Medical and sanitary report on the native army of Bombay for the year
Year: 1878
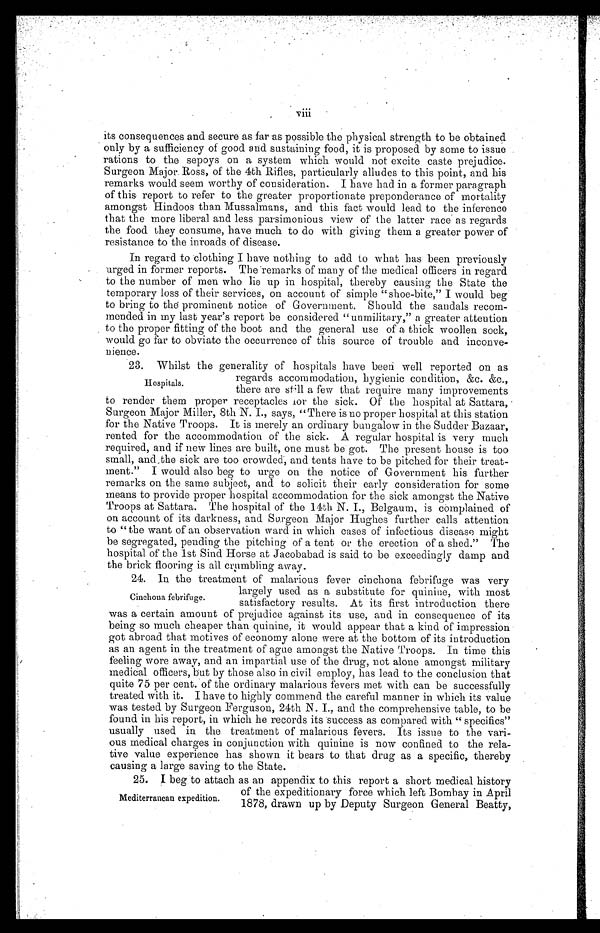
viii
its consequences and secure as far as possible the physical strength to be obtained
only by a sufficiency of good and sustaining food, it is proposed by some to issue
rations to the sepoys on a system which would not excite caste prejudice.
Surgeon Major. Ross, of the 4th Rifles, particularly alludes to this point, and his
remarks would seem worthy of consideration. I have had in a former paragraph
of this report to refer to the greater proportionate preponderance of mortality
amongst Hindoos than Mussalmans, and this fact would lead to the inference
that the more liberal and less parsimonious view of the latter race as regards
the food they consume, have much to do with giving them a greater power of
resistance to the inroads of disease.
In regard to clothing I have nothing to add to what has been previously
urged in former reports. The remarks of many of the medical officers in regard
to the number of men who lie up in hospital, thereby causing the State the
temporary loss of their services, on account of simple "shoe-bite," I would beg
to bring to the prominent notice of Government. Should the sandals recom-
mended in my last year's report be considered "unmilitary," a greater attention
to the proper fitting of the boot and the general use of a thick woollen sock,
would go far to obviate the occurrence of this source of trouble and inconve-
nience.
23. Whilst the generality of hospitals have been well reported on as
regards accommodation, hygienic condition, &c. &c.,
there are still a few that require many improvements
to render them proper receptacles for the sick. Of the hospital at Sattara,
Surgeon Major Miller, 8th N. I., says, " There is no proper hospital at this station
for the Native Troops. It is merely an ordinary bungalow in the Sudder Bazaar,
rented for the accommodation of the sick. A regular hospital is very much
required, and if new lines are built, one must be got. The present house is too
small, and the sick are too crowded, and tents have to be pitched for their treat-
ment." I would also beg to urge on the notice of Government his further
remarks on the same subject, and to solicit their early consideration for some
means to provide proper hospital accommodation for the sick amongst the Native
Troops at Sattara. The hospital of the 14th N. I., Belgaum, is complained of
on account of its darkness, and Surgeon Major Hughes further calls attention
to "the want of an observation ward in which cases of infectious disease might
be segregated, pending the pitching of a tent or the erection of a shed." The
hospital of the 1st Sind Horse at Jacobabad is said to be exceedingly damp and
the brick flooring is all crumbling away.
24. In the treatment of malarious fever cinchona febrifuge was very
largely used as a substitute for quinine, with most
satisfactory results. At its first introduction there
was a certain amount of prejudice against its use, and in consequence of its
being so much cheaper than quinine, it would appear that a kind of impression
got abroad that motives of economy alone were at the bottom of its introduction
as an agent in the treatment of ague amongst the Native Troops. In time this
feeling wore away, and an impartial use of the drug, not alone amongst military
medical officers, but by those also in civil employ, has lead to the conclusion that
quite 75 per cent. of the ordinary malarious fevers met with can be successfully
treated with it. I have to highly commend the careful manner in which its value
was tested by Surgeon Ferguson, 24th N. I., and the comprehensive table, to be
found in his report, in which he records its success as compared with " specifics"
usually used in the treatment of malarious fevers. Its issue to the vari-
ous medical charges in conjunction with quinine is now confined to the rela
tive value experience has shown it bears to that drug as a specific, thereby
causing a large saving to the State.
25. I beg to attach as an appendix to this report a short medical history
Hospitals.
Cinchona febrifuge.
Mediterranean expedition.
of the expeditionary force which left Bombay in April
1878, drawn up by Deputy Surgeon General Beatty,